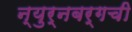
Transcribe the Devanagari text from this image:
न्युर्नबर्गची